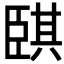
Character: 𦣫